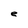
Character: e